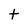
Character: t